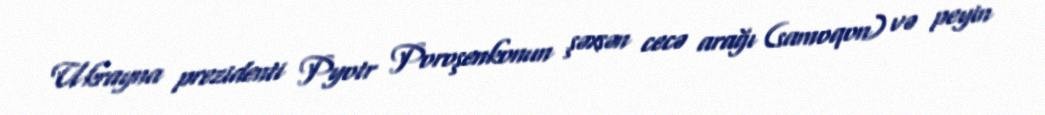
Ukrayna prezidenti Pyotr Poroşenkonun şəxsən cecə arağı (samoqon) və peyin